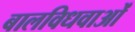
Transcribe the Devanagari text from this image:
बालविधवाओं